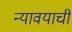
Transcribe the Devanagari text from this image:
न्यावयाची